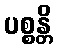
ပစ္စန္တိ